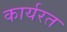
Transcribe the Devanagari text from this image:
कार्यरत